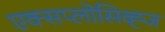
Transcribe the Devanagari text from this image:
एक्सप्लोसिव्ह्ज